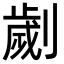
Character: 劌